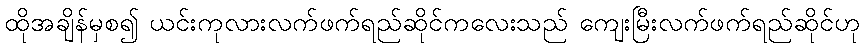
ထိုအချိန်မှစ၍ ယင်းကုလားလက်ဖက်ရည်ဆိုင်ကလေးသည် ကျေးမြီးလက်ဖက်ရည်ဆိုင်ဟု